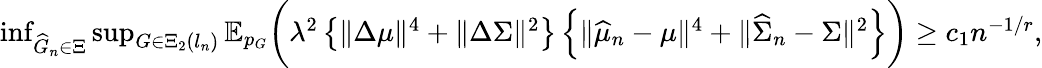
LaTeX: \begin{array}{r}{\operatorname*{inf}_{\widehat{G}_{n}\in\Xi}\operatorname*{sup}_{G\in\Xi_{2}(l_{n})}\mathbb{E}_{p_{G}}\biggr(\lambda^{2}\left\{ \| \Delta\mu\| ^{4}+\| \Delta\Sigma\| ^{2}\right\} \left\{ \| \widehat{\mu}_{n}-\mu\| ^{4}+\| \widehat{\Sigma}_{n}-\Sigma\| ^{2}\right\} \biggr)\geq c_{1}n^{-1/r},}\end{array}